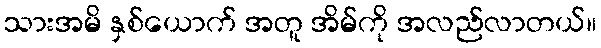
သားအမိ နှစ်ယောက် အတူ အိမ်ကို အလည်လာတယ်။